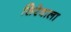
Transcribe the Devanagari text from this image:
सिरेवाला